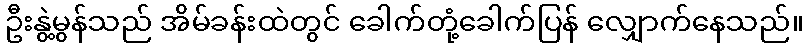
ဦးနွဲ့မွန်သည် အိမ်ခန်းထဲတွင် ခေါက်တုံ့ခေါက်ပြန် လျှောက်နေသည်။